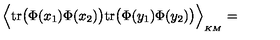
\Big \langle \mathrm { t r } \big ( \Phi ( x _ { 1 } ) \Phi ( x _ { 2 } ) \big ) \mathrm { t r } \big ( \Phi ( y _ { 1 } ) \Phi ( y _ { 2 } ) \big ) \Big \rangle _ { \mathrm { } _ { K M } } =